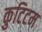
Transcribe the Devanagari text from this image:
कुटिटम